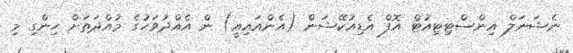
ނެޝަނަލް އިންސްޓިޓިއުޓް އޮފް އެޑިއުކޭޝަން (އެންއައިއީ) ން އެއްދުވަހުގެ މުއްދަތަށް ހިންގި މި